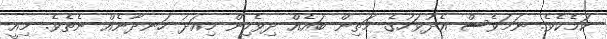
ކަމެކެވެ. ނަމަވެސް އެދުވަހުގެ މަތިން ބައެއް ދިވެހިން މިއަދު ހަނދާނެއް ނެތެވެ. މިއީ